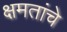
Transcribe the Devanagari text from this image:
क्षमतांचे